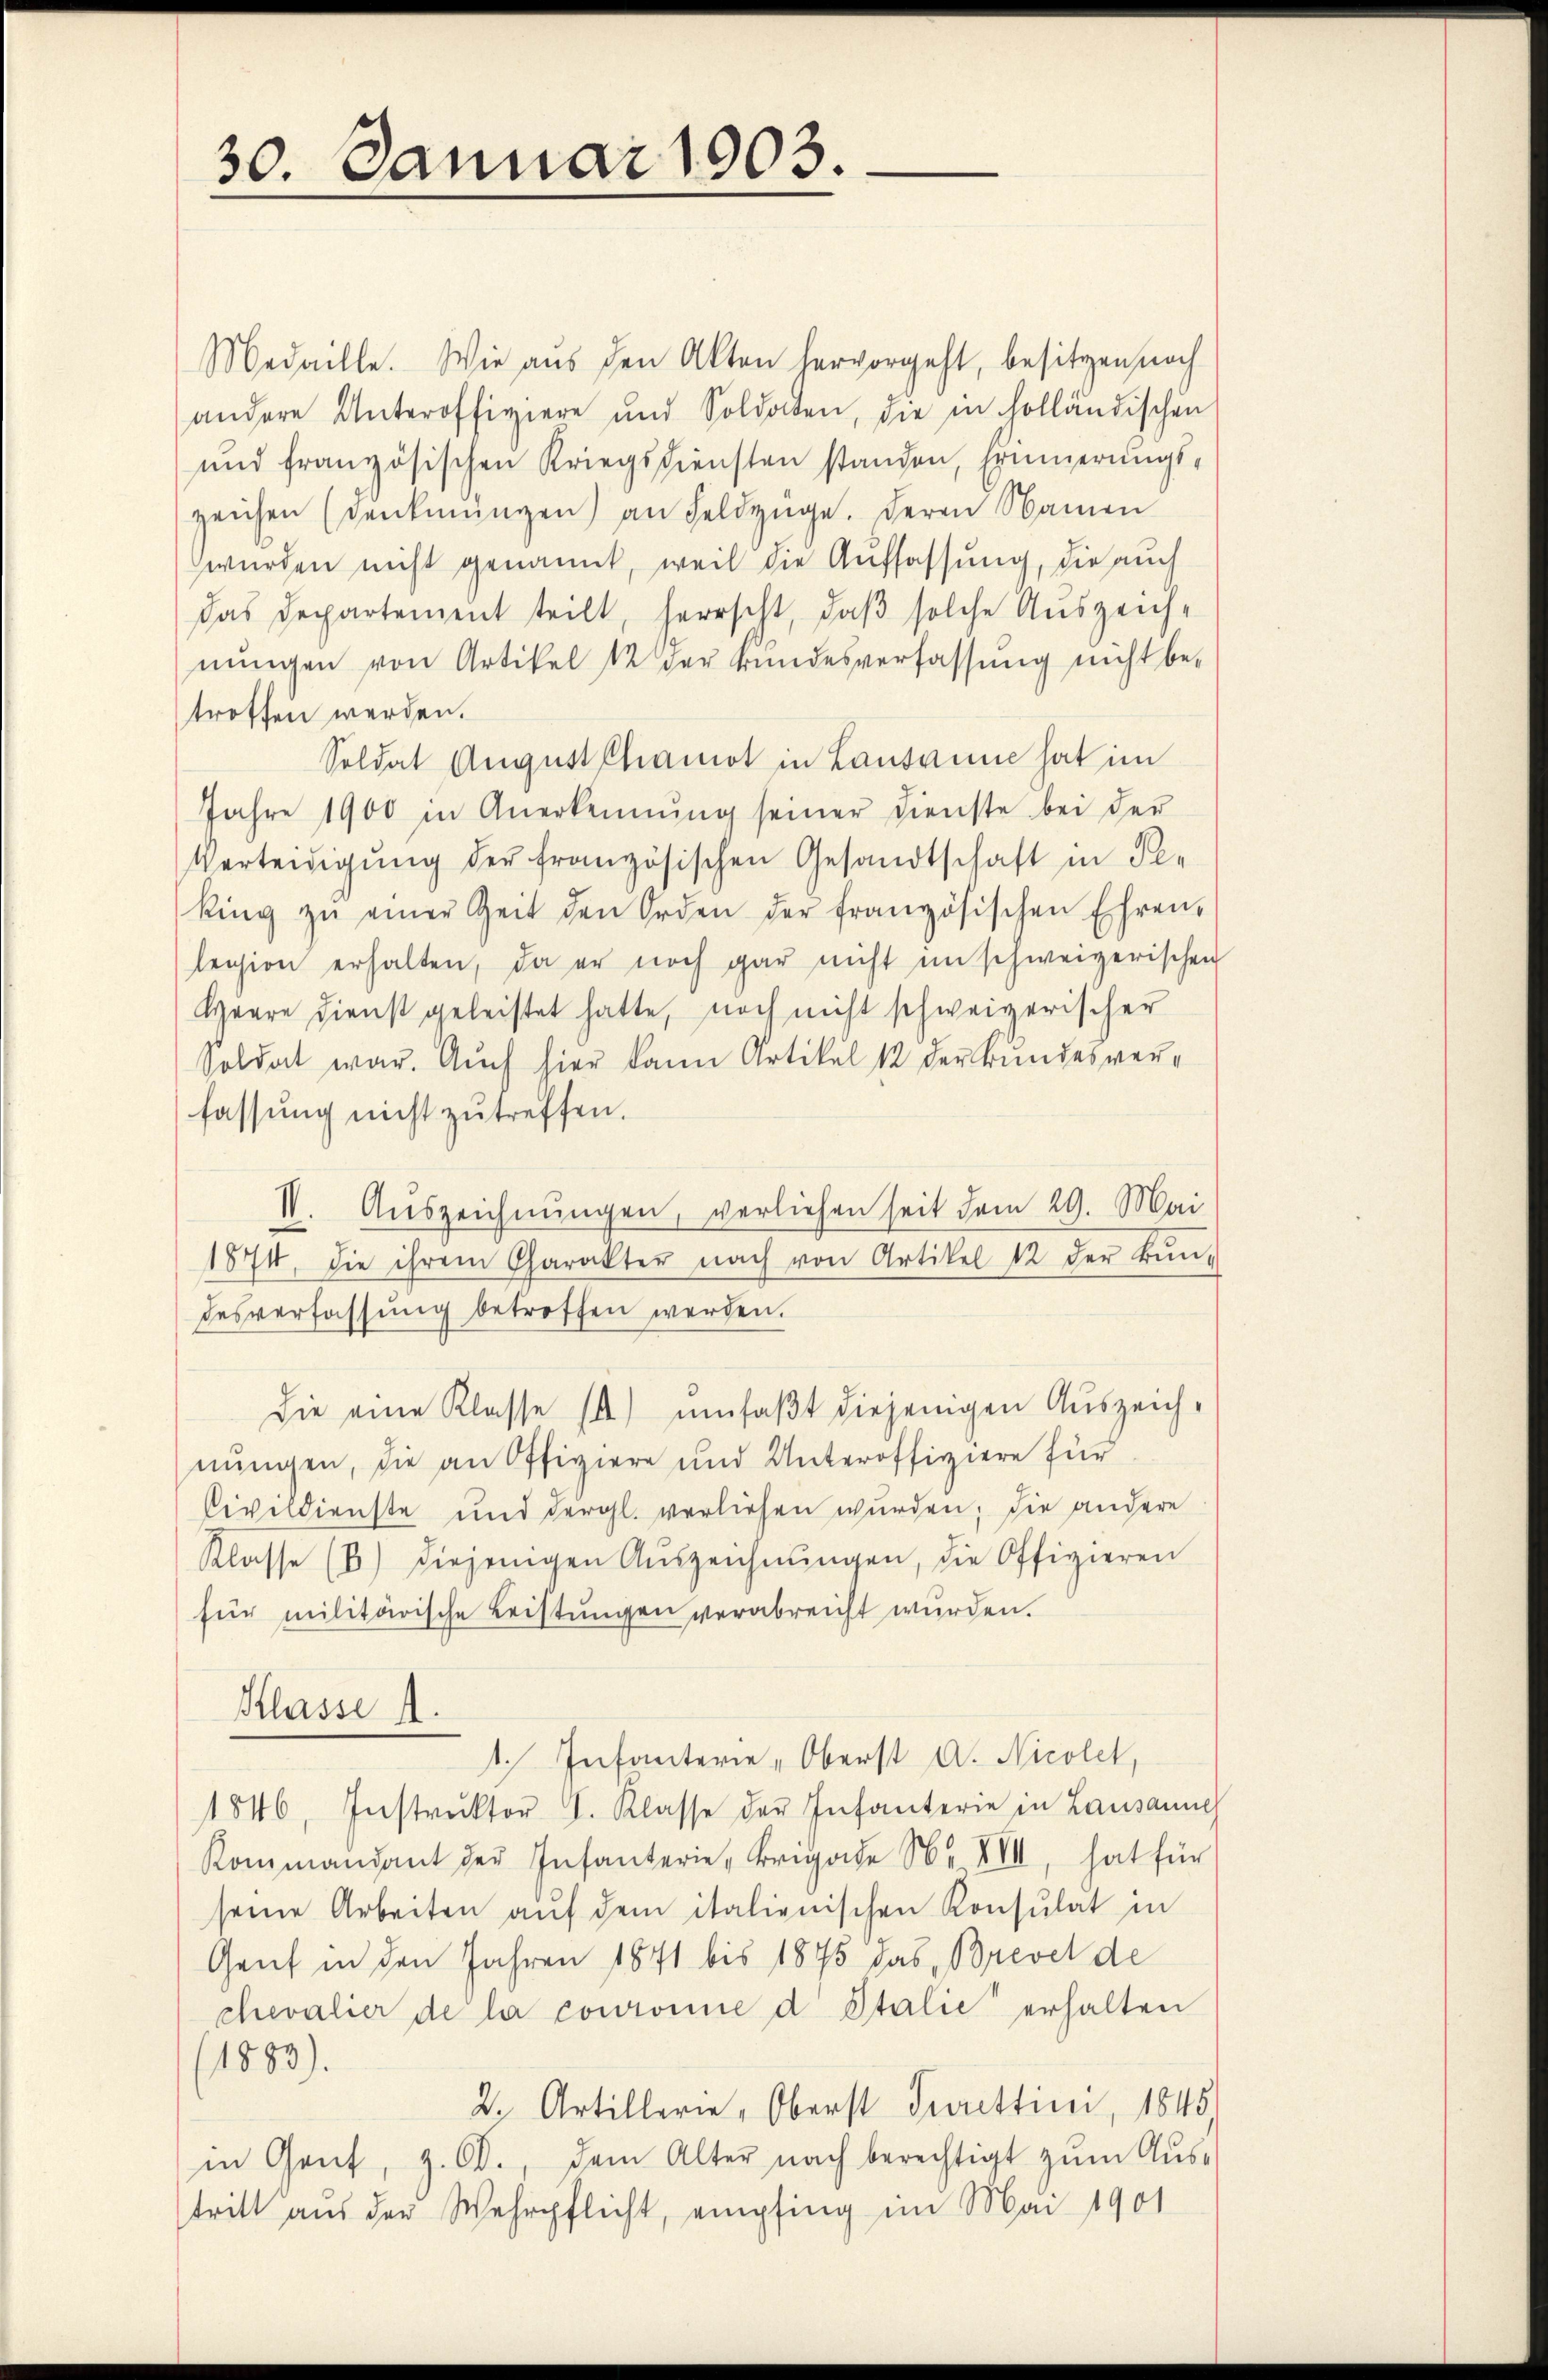
30. Januar 1903.

Medaille. Wie aus den Akten hervorgeht, besitzen nach
andere Unteroffiziere und Soldaten, die in holländischen
und französischen Kriegsdiensten standen, Erinnerŭngs-
zeichen (Denkmŭngen) an Feldzüge. Deren Namen
wurden nicht genannt, weil die Auffassung, die auch
Das Departement teilt, herrscht, daß solche Auszeich-
nungen von Artikel 12 der kundesverfassung nicht betroffen werden.
Soldat Aŭgŭst Chamot in Lausanne hat im
Jahre 1900 in Anerkennung seiner Dienste bei der
Verteidigŭng der französischen Gesandtschaft in Pe-
king zŭ einer Zeit den Orden der französischen Ehren-
legion erhalten, da er noch gar nicht inschweizerischen
Heere dienst geleistet hatte, noch nicht schweizerischer
Soldat war. Auch hier kann Artikel 12 der Bundesver-
fassung nicht zŭ treffen.
1874, die ihrem Charakter nach von Artikel 12 der Bun-
desverfassung betroffen werden.
Die eine Klasse (a) umfaßt diejenigen Auszeich-
nungen, die an Offiziere und Unteroffiziere für
Civildienste und dergl. verliehen wurden; die andere
Klasse (B) diejenigen Aŭszeichnŭngen, die Offizieren
für militärische Leistungen verabreicht wurden.
Klasse s
1. Infanterie „Oberst d. Nicolet,
1846, Instrŭktor . Klasse der Infanterie in Lausanne
Kommandant der Infanterie, Brigade N. XVII, hat für
seine Arbeiten aŭf dem italienischen Konsulat in
Genf in den Jahren 1871 bis 1875 das Brevel de
chevalier de la couronne d Italić erhalten
1883).
2. Artillerie, Oberst Sevettini, 1845
in Gant, z. Ob., dem Alter nach berechtigt zŭm Aŭs-
tritt aus der Wehrpflicht, empfing im Mai 1901

IV. Aŭszeichnŭngen, verliehen seit dem 29. Mai